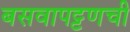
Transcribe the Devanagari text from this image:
बसवापट्टणची